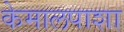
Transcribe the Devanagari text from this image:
केमालपाशा